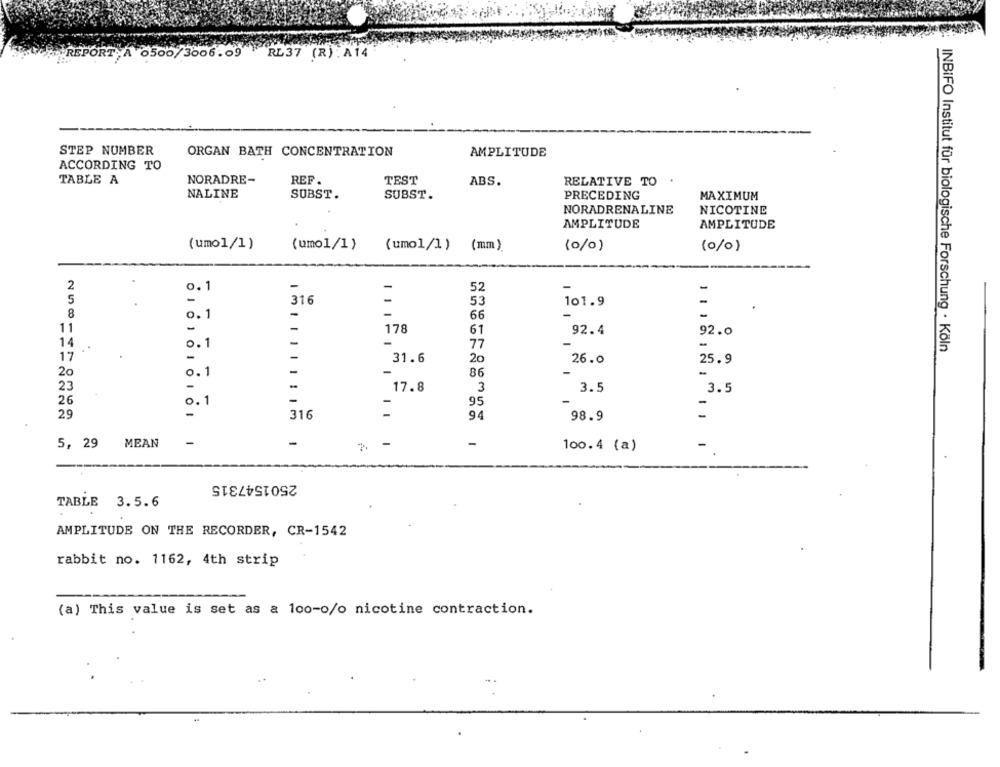
REPORT,A 0506/3006.09 RL37 (R) . A14
STEP NUMBER
ORGAN BATH CONCENTRATION
AMPLITUDE
ACCORDING TO
TABLE A
NORADRE-
REF.
TEST
ABS.
RELATIVE TO
NALINE
SUBST.
SUBST.
PRECEDING
MAXIMUM
NORADRENALINE
NICOTINE
AMPLITUDE
AMPLITUDE
(umo1/1)
(umo1/1)
(umol/1) (mm).
(0/0)
(0/0)
2
0. 1
-
52
-
5
-
-
-
316
53
101.9
8
-
-
0. 1
66
178
61
92.4
11
-
92.0
14
0.1
1
77
-
INBIFO Institut für biologische Forschung · Köln
17
-
-
31.6
20
26.0
25.9
20
0 .1
-
86
-
23
17.8
3
3.5
3.5
26
0.1
-
95
29
=
316
94
98.9
5, 29 MEAN
-
-
2.
-
-
100.4 (a)
2501547315
TABLE 3.5.6
AMPLITUDE ON THE RECORDER, CR-1542
rabbit no. 1162, 4th strip
(a) This value is set as a 100-o/o nicotine contraction.